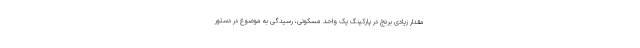
مقدار زیادی برنج در پارکینگ یک واحد مسکونی، رسیدگی به موضوع در دستور